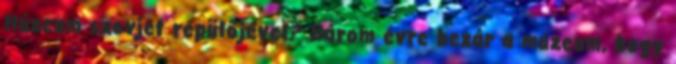
Múzeum szovjet repülőjével? Három évre bezár a múzeum, hogy